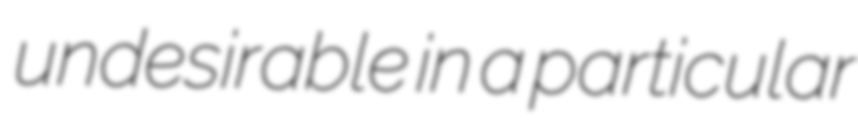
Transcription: undesirable in a particular